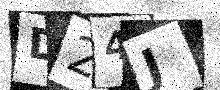
Text: D24J